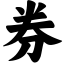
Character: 券